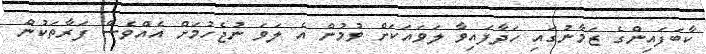
ކާބަފައިންގެ ޒަމާނުގައި ހަދާފައިވާ ލަވައަކަށް ވުމުން އެ ލަވަ ނުޖެހުމަށް އެއްވެސް ފަރާތަކުން